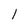
Character: l